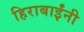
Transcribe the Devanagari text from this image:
हिराबाईंनी